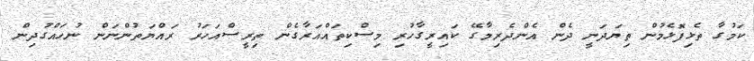
ކަމުގާ ތެޅިފޮޅެމުން ތިޔަދަނީ ދެން އެންދެރިމާގޭ ކައިރީގާހުރި މިސްކިތައްއަރާގެން ތިރީސްއަހަރު ރައްޔަތުންނަަން ނުހައްގުދިން